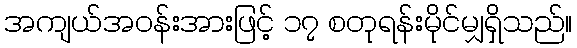
အကျယ်အဝန်းအားဖြင့် ၁၇ စတုရန်းမိုင်မျှရှိသည်။